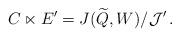
LaTeX: \begin{align*} C\ltimes E'=J(\widetilde Q,W)/\mathcal J'\,. \end{align*}